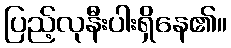
ပြည့်လုနီးပါးရှိနေ၏။